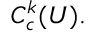
C _ { c } ^ { k } ( U ) .